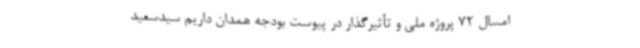
امسال 72 پروژه ملی و تأثیرگذار در پیوست بودجه همدان داریم سیدسعید